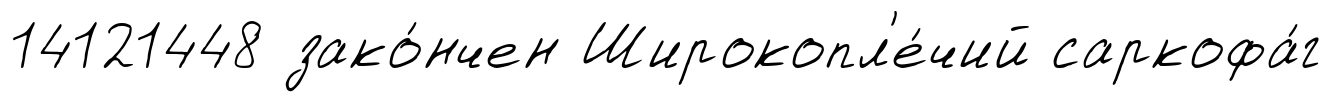
14121448 зако́нчен Широкопл'е́чий саркофа́г